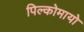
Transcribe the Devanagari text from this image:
पिल्कोमायो